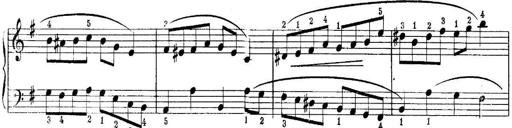
Title: Quatres sonatines
Composer: Tadeusz Joteyko